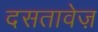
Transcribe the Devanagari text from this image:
दसतावेज़